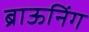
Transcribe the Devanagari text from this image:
ब्राऊनिंग